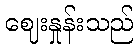
ဈေးနှုန်းသည်